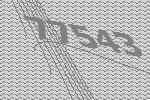
77543